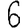
Digit: 6